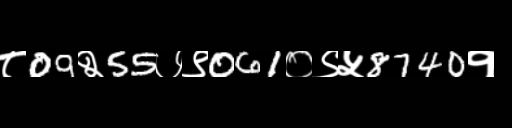
Text: ८09२55७९061०९५8740१